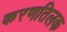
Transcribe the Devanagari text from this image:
करणतिलक